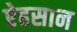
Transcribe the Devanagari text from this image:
ऐहसान